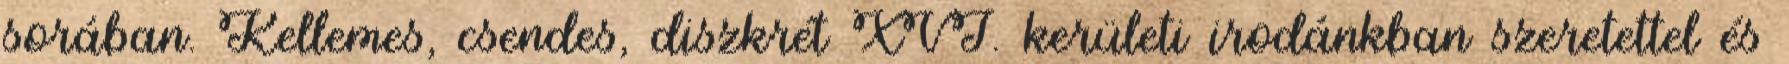
sorában. Kellemes, csendes, diszkrét XVI. kerületi irodánkban szeretettel és